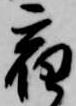
宿